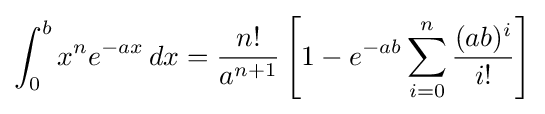
\int _{0}^{b}x^{n}e^{-ax}\,dx={\frac {n!}{a^{n+1}}}\left[1-e^{-ab}\sum _{i=0}^{n}{\frac {(ab)^{i}}{i!}}\right]